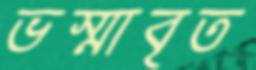
ভস্মাবৃত